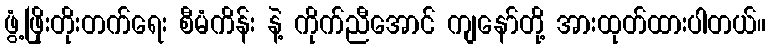
ဖွံ့ဖြိုးတိုးတက်ရေး စီမံကိန်း နဲ့ ကိုက်ညီအောင် ကျနော်တို့ အားထုတ်ထားပါတယ်။